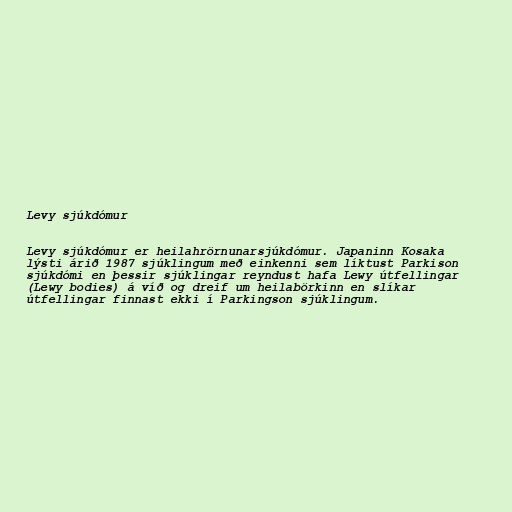
Levy sjúkdómur

Levy sjúkdómur er heilahrörnunarsjúkdómur. Japaninn Kosaka
lýsti árið 1987 sjúklingum með einkenni sem líktust Parkison
sjúkdómi en þessir sjúklingar reyndust hafa Lewy útfellingar
(Lewy bodies) á víð og dreif um heilabörkinn en slíkar
útfellingar finnast ekki í Parkingson sjúklingum.